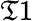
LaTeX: \mathfrak{T}1